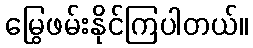
မြွေဖမ်းနိုင်ကြပါတယ်။